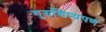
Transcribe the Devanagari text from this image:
गुरुशिष्यपण